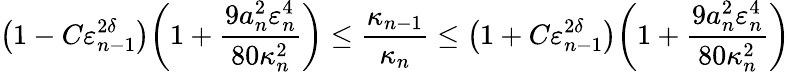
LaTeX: \bigl(1-C\varepsilon_{n-1}^{2\delta}\bigr)\biggl(1+\frac{9a_{n}^{2}\varepsilon_{n}^{4}}{80\kappa_{n}^{2}}\biggr)\leq\frac{\kappa_{n-1}}{\kappa_{n}}\leq\bigl(1+C\varepsilon_{n-1}^{2\delta}\bigr)\biggl(1+\frac{9a_{n}^{2}\varepsilon_{n}^{4}}{80\kappa_{n}^{2}}\biggr)